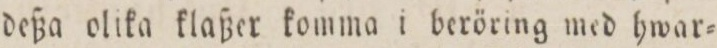
deßa olika klaßer komma i beröring med hwar=